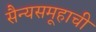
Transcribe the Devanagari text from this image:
सैन्यसमूहाची